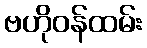
ဗဟိုဝန်ထမ်း